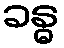
ခန္ဓ